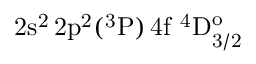
\mathrm { 2 s ^ { 2 } \, 2 p ^ { 2 } ( ^ { 3 } P ) \, 4 f ~ ^ { 4 } D _ { 3 / 2 } ^ { o } }